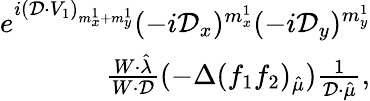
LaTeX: \begin{array}{r}{e^{i(\mathcal{D}\cdot V_{1})_{m_{x}^{1}+m_{y}^{1}}}(-i\mathcal{D}_{x})^{m_{x}^{1}}(-i\mathcal{D}_{y})^{m_{y}^{1}}}\\ {\frac{W\cdot\hat{\lambda}}{W\cdot\mathcal{D}}(-\Delta(f_{1}f_{2})_{\hat{\mu}})\frac{1}{\mathcal{D}\cdot\hat{\mu}},}\end{array}